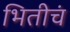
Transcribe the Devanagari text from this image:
भितीचं